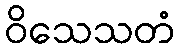
ဝိသေသတံ